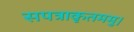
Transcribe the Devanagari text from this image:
सपत्राकृतममु।